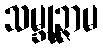
သမ္ဘုဉ္ဇာမ